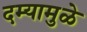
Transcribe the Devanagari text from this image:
दम्यामुळे